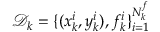
\mathcal { D } _ { k } = \{ ( x _ { k } ^ { i } , y _ { k } ^ { i } ) , f _ { k } ^ { i } \} _ { i = 1 } ^ { N _ { k } ^ { f } }